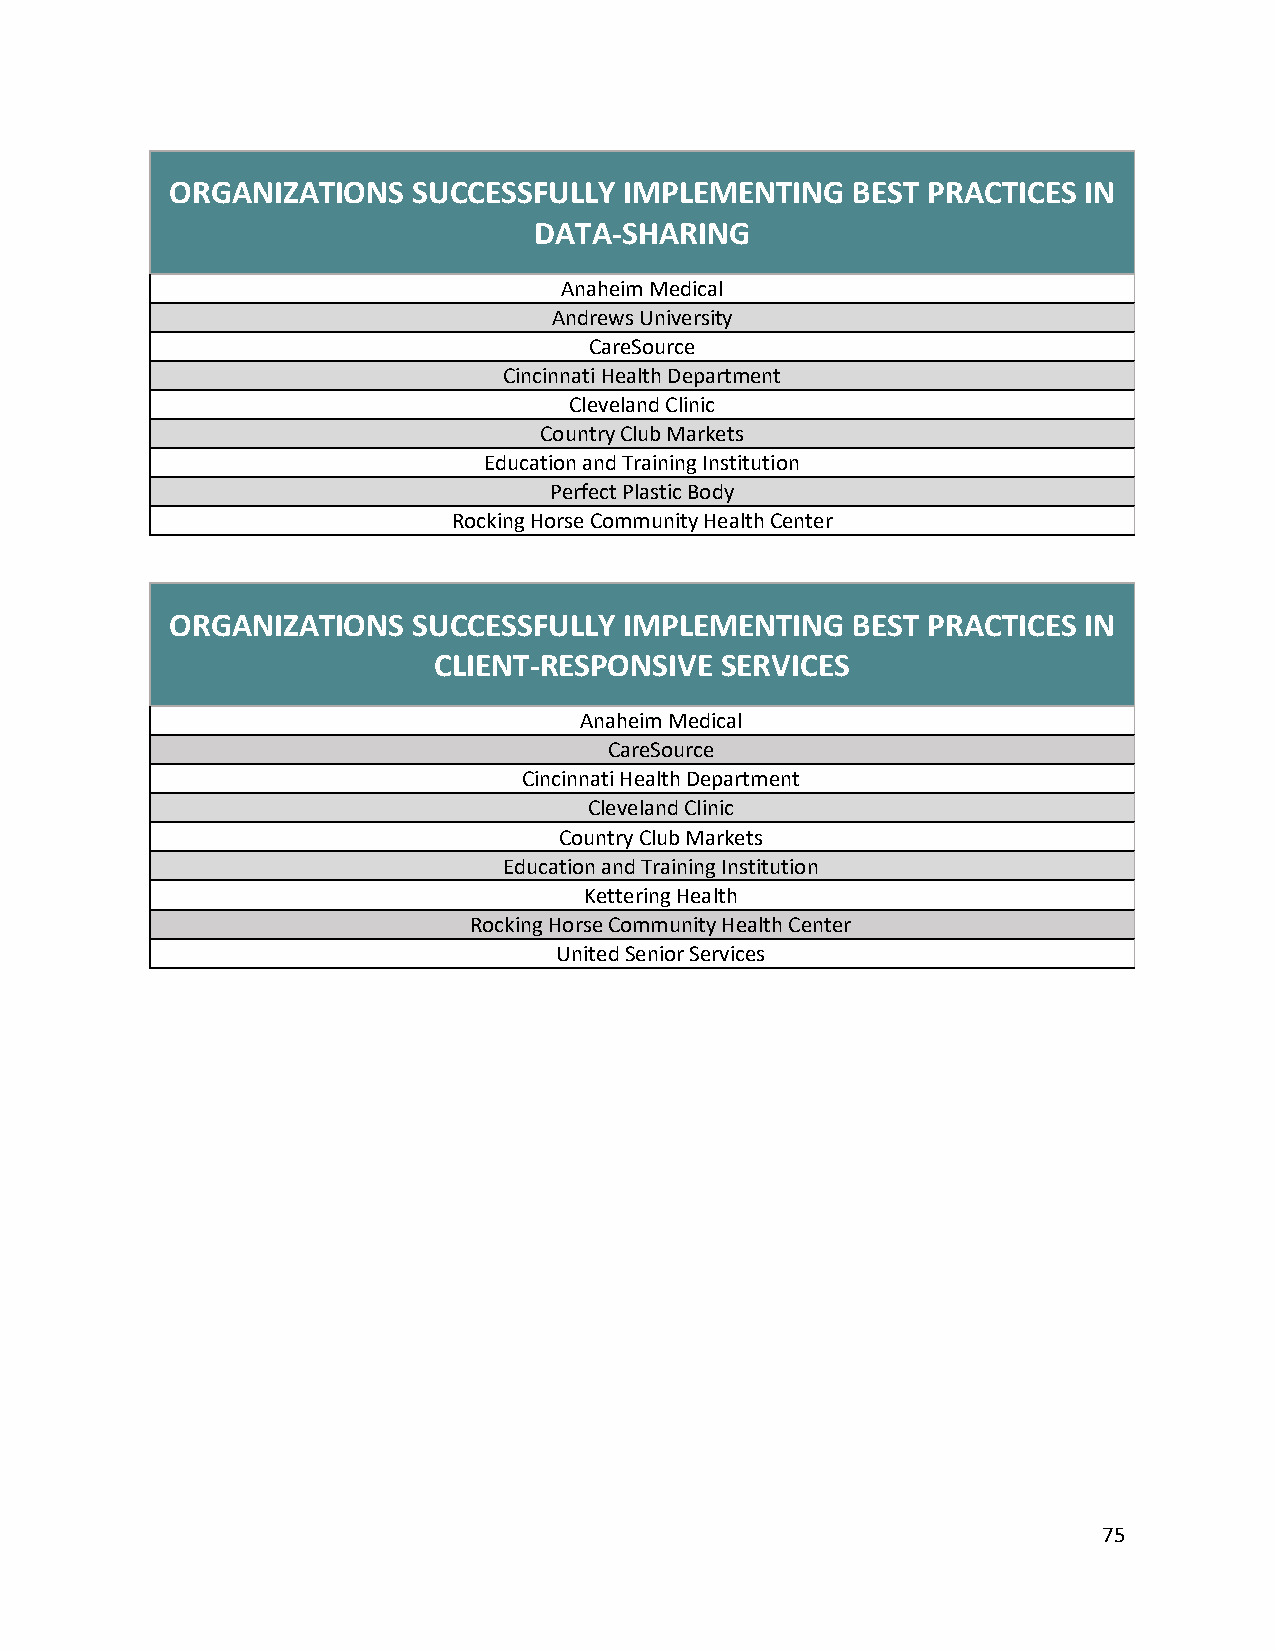
ORGANIZATIONS   SUCCESSFULLY  IMPLEMENTING   BEST PRACTICES  IN
 DATA-SHARING
 Anaheim Medical
 Andrews University
 CareSource
 Cincinnati Health Department
 Cleveland Clinic
 Country Club Markets
 Education and Training Institution
 Perfect Plastic Body
 Rocking Horse Community Health Center
 ORGANIZATIONS   SUCCESSFULLY  IMPLEMENTING   BEST PRACTICES  IN
 CLIENT-RESPONSIVE  SERVICES
 Anaheim Medical
 CareSource
 Cincinnati Health Department
 Cleveland Clinic
 Country Club Markets
 Education and Training Institution
 Kettering Health
 Rocking Horse Community Health Center
 United Senior Services
 75